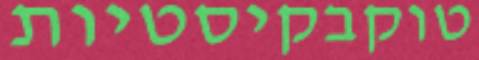
טוקבקיסטיות